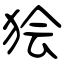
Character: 狯